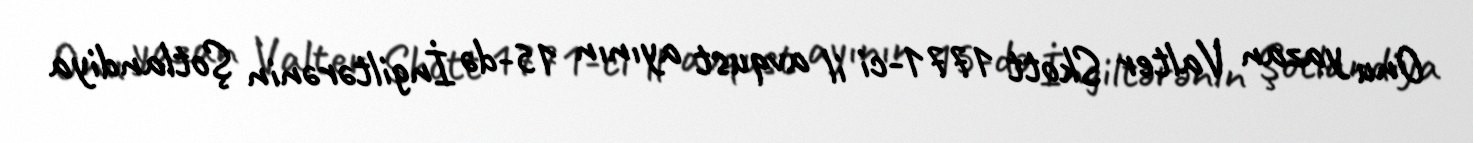
Onu yazan Valter Skott 1771-ci il avqust ayının 15-də İngiltərənin Şotlandiya